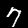
Label: 7